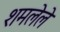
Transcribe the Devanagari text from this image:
शमलेले